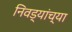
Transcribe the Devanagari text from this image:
निवड्यांच्या